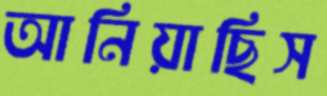
আনিয়াছিস